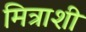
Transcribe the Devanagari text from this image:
मित्राशी